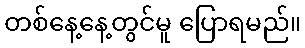
တစ်နေ့နေ့တွင်မူ ပြောရမည်။